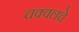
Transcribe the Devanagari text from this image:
चक्वलचे